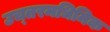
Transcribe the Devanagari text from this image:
उच्तरमधिमिक